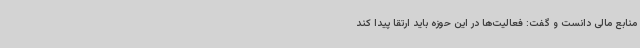
منابع مالی دانست و گفت: فعالیت‌ها در این حوزه باید ارتقا پیدا کند